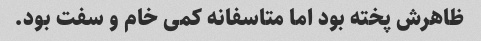
ظاهرش پخته بود اما متاسفانه کمی خام و سفت بود.